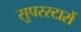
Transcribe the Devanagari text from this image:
सुपरस्टारों